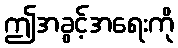
ဤအခွင့်အရေးကို